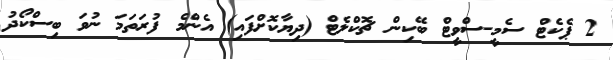
2 ޕެކެޓް ސެމީ-ސްވީޓް ބޭކިން ޗޮކްލެޓް (ދިޔާކޮށްފައި) އެންމެ ފުރަތަމަ ނުވަ ބިސްކޯދު